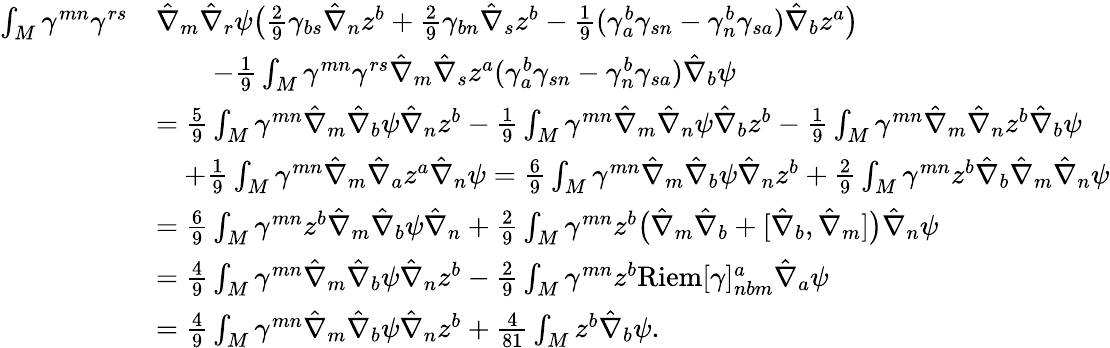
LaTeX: \begin{array}{rl}{\int_{M}\gamma^{mn}\gamma^{rs}}&{\hat{\nabla}_{m}\hat{\nabla}_{r}\psi\big(\frac{2}{9}\gamma_{bs}\hat{\nabla}_{n}z^{b}+\frac{2}{9}\gamma_{bn}\hat{\nabla}_{s}z^{b}-\frac{1}{9}(\gamma^{b}_{a}\gamma_{sn}-\gamma^{b}_{n}\gamma_{sa})\hat{\nabla}_{b}z^{a}\big)}\\ &{\qquad-\frac{1}{9}\int_{M}\gamma^{mn}\gamma^{rs}\hat{\nabla}_{m}\hat{\nabla}_{s}z^{a}(\gamma^{b}_{a}\gamma_{sn}-\gamma^{b}_{n}\gamma_{sa})\hat{\nabla}_{b}\psi}\\ &{=\frac{5}{9}\int_{M}\gamma^{mn}\hat{\nabla}_{m}\hat{\nabla}_{b}\psi\hat{\nabla}_{n}z^{b}-\frac{1}{9}\int_{M}\gamma^{mn}\hat{\nabla}_{m}\hat{\nabla}_{n}\psi\hat{\nabla}_{b}z^{b}-\frac{1}{9}\int_{M}\gamma^{mn}\hat{\nabla}_{m}\hat{\nabla}_{n}z^{b}\hat{\nabla}_{b}\psi}\\ &{\quad+\frac{1}{9}\int_{M}\gamma^{mn}\hat{\nabla}_{m}\hat{\nabla}_{a}z^{a}\hat{\nabla}_{n}\psi=\frac{6}{9}\int_{M}\gamma^{mn}\hat{\nabla}_{m}\hat{\nabla}_{b}\psi\hat{\nabla}_{n}z^{b}+\frac{2}{9}\int_{M}\gamma^{mn}z^{b}\hat{\nabla}_{b}\hat{\nabla}_{m}\hat{\nabla}_{n}\psi}\\ &{=\frac{6}{9}\int_{M}\gamma^{mn}z^{b}\hat{\nabla}_{m}\hat{\nabla}_{b}\psi\hat{\nabla}_{n}+\frac{2}{9}\int_{M}\gamma^{mn}z^{b}\big(\hat{\nabla}_{m}\hat{\nabla}_{b}+[\hat{\nabla}_{b},\hat{\nabla}_{m}]\big)\hat{\nabla}_{n}\psi}\\ &{=\frac{4}{9}\int_{M}\gamma^{mn}\hat{\nabla}_{m}\hat{\nabla}_{b}\psi\hat{\nabla}_{n}z^{b}-\frac{2}{9}\int_{M}\gamma^{mn}z^{b}\mathrm{Riem}[\gamma]^{a}_{nbm}\hat{\nabla}_{a}\psi}\\ &{=\frac{4}{9}\int_{M}\gamma^{mn}\hat{\nabla}_{m}\hat{\nabla}_{b}\psi\hat{\nabla}_{n}z^{b}+\frac{4}{81}\int_{M}z^{b}\hat{\nabla}_{b}\psi.}\end{array}